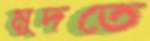
মুদতে